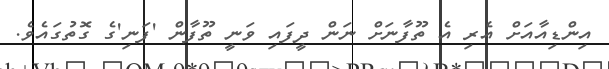
އިންޑިއާއަށް އެރި އެ ތޫފާނަށް ނަން ދީފައި ވަނީ ތޫފާން 'ފަނި'ގެ ގޮތުގައެވެ.